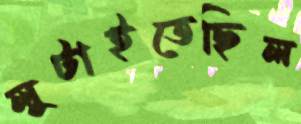
লুটাইতেছিল